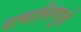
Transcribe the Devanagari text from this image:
नाबालिगपुत्रों